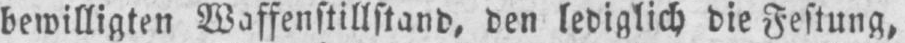
bewilligten Waffenstillstand, den lediglich die Festung,